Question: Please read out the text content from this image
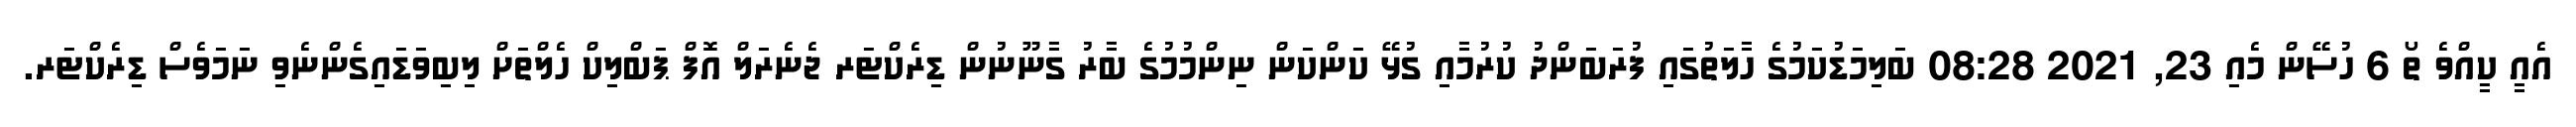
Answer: އެއީ ކީއްވެ ތޯ 6 ހުސޭން މެއި 23, 2021 08:28 ބަލިމަޑުކަމުގެ ހާލަތުގައި ފުރަބަންދު ކުރުމާއި ގުޅޭ ކަންކަން ނިންމުމުގެ ބާރު ގާނޫނުން ޑިރެކްޓަރ ޖެނެރަލް އޮފް ޕަބްލިކް ހެލްތަށް ލިބިވަޑައިގެންނެވި ނަމަވެސް ޑިރެކްޓަރ.